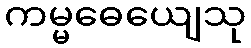
ကမ္မဓေယျေသု